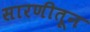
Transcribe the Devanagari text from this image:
सारणीतून